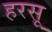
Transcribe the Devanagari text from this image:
हरसू